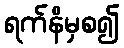
ရက်နိမှစ၍